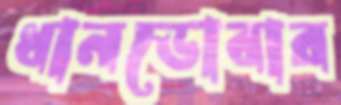
ধানডোবার